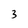
Character: 3